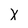
Character: X